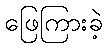
ဖြေကြားခဲ့